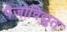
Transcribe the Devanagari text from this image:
पैजोविद्युत